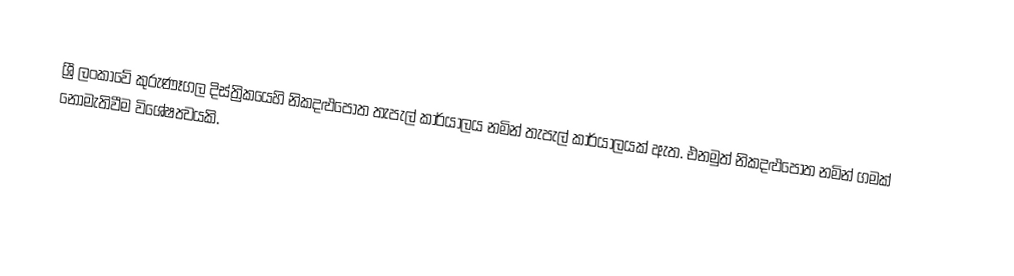
ශ්‍රී ලංකාවේ කුරුණෑගල දිස්ත්‍රිකයෙහි නිකදළුපොත තැපැල් කාර්යාලය නමින් තැපැල් කාර්යාලයක් ඇත. එනමුත් නිකදළුපොත නමින් ගමක් නොමැතිවීම විශේෂත්‍වයකි.